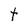
Character: t